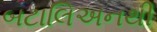
બટાલિઅનથી